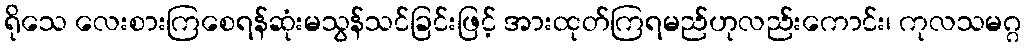
ရိုသေ လေးစားကြစေရန်ဆုံးမသွန်သင်ခြင်းဖြင့် အားထုတ်ကြရမည်ဟုလည်းကောင်း၊ ကုလသမဂ္ဂ